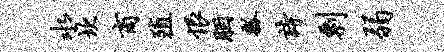
水坎商殖恨胭瓢诗剽弱